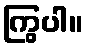
ကြွပါ။